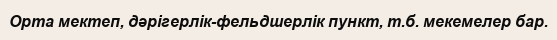
Орта мектеп, дәрігерлік-фельдшерлік пункт, т.б. мекемелер бар.